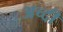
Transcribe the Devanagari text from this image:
अच्दी